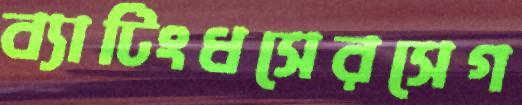
ব্যাটিংধসেরসেগ